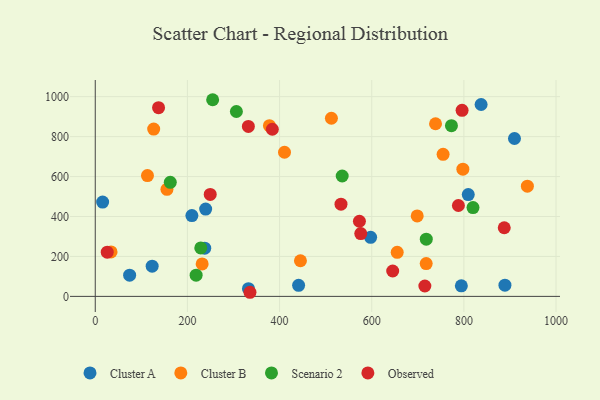
{"axis": {"x": "Study Hours", "y": "Sales"}, "legend": ["Cluster A", "Cluster B", "Observed", "Scenario 2"], "data": [{"x": "889.1", "y": 56.0, "type": "Cluster A"}, {"x": "123.5", "y": 151.5, "type": "Cluster A"}, {"x": "237.6", "y": 241.3, "type": "Cluster A"}, {"x": "74.6", "y": 106.0, "type": "Cluster A"}, {"x": "909.8", "y": 790.5, "type": "Cluster A"}, {"x": "16.0", "y": 472.3, "type": "Cluster A"}, {"x": "794.5", "y": 53.1, "type": "Cluster A"}, {"x": "239.6", "y": 436.9, "type": "Cluster A"}, {"x": "837.4", "y": 960.7, "type": "Cluster A"}, {"x": "441.3", "y": 55.2, "type": "Cluster A"}, {"x": "332.5", "y": 38.4, "type": "Cluster A"}, {"x": "209.7", "y": 404.4, "type": "Cluster A"}, {"x": "809.5", "y": 509.9, "type": "Cluster A"}, {"x": "597.6", "y": 295.7, "type": "Cluster A"}, {"x": "378.0", "y": 854.9, "type": "Cluster B"}, {"x": "232.0", "y": 162.5, "type": "Cluster B"}, {"x": "410.7", "y": 721.6, "type": "Cluster B"}, {"x": "797.8", "y": 637.0, "type": "Cluster B"}, {"x": "512.5", "y": 891.8, "type": "Cluster B"}, {"x": "445.3", "y": 178.4, "type": "Cluster B"}, {"x": "155.6", "y": 536.0, "type": "Cluster B"}, {"x": "718.2", "y": 164.4, "type": "Cluster B"}, {"x": "937.8", "y": 551.6, "type": "Cluster B"}, {"x": "738.5", "y": 864.3, "type": "Cluster B"}, {"x": "655.3", "y": 220.6, "type": "Cluster B"}, {"x": "126.8", "y": 837.6, "type": "Cluster B"}, {"x": "34.3", "y": 222.7, "type": "Cluster B"}, {"x": "698.7", "y": 403.0, "type": "Cluster B"}, {"x": "113.3", "y": 604.8, "type": "Cluster B"}, {"x": "754.9", "y": 711.0, "type": "Cluster B"}, {"x": "718.4", "y": 286.2, "type": "Scenario 2"}, {"x": "218.9", "y": 106.4, "type": "Scenario 2"}, {"x": "819.8", "y": 444.4, "type": "Scenario 2"}, {"x": "535.9", "y": 602.8, "type": "Scenario 2"}, {"x": "306.3", "y": 925.7, "type": "Scenario 2"}, {"x": "773.0", "y": 854.6, "type": "Scenario 2"}, {"x": "254.8", "y": 984.6, "type": "Scenario 2"}, {"x": "229.0", "y": 242.5, "type": "Scenario 2"}, {"x": "162.8", "y": 570.9, "type": "Scenario 2"}, {"x": "715.3", "y": 51.9, "type": "Observed"}, {"x": "645.5", "y": 127.2, "type": "Observed"}, {"x": "576.2", "y": 314.7, "type": "Observed"}, {"x": "533.3", "y": 461.6, "type": "Observed"}, {"x": "796.1", "y": 931.7, "type": "Observed"}, {"x": "335.8", "y": 20.6, "type": "Observed"}, {"x": "249.5", "y": 510.7, "type": "Observed"}, {"x": "137.4", "y": 944.6, "type": "Observed"}, {"x": "384.3", "y": 836.8, "type": "Observed"}, {"x": "26.0", "y": 221.2, "type": "Observed"}, {"x": "573.3", "y": 376.1, "type": "Observed"}, {"x": "887.6", "y": 343.6, "type": "Observed"}, {"x": "788.1", "y": 455.1, "type": "Observed"}, {"x": "332.3", "y": 850.8, "type": "Observed"}]}